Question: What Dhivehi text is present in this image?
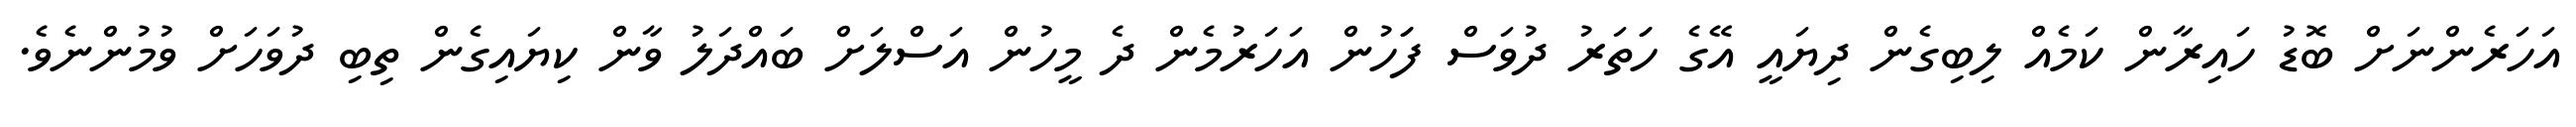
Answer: އަހަރެންނަށް ބޮޑު ހައިރާން ކަމެއް ލިބިގެން ދިޔައީ އޭގެ ހަަތަރު ދުވަސް ފަަހުން އަހަރުމެން ދެ މީހުން އަސްލަށް ބައްދަލު ވާން ކިޔައިގެން ތިބި ދުވަހަށް ވުމުންނެވެ.